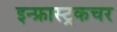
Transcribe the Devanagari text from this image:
इन्फ्रास्ट्रकचर